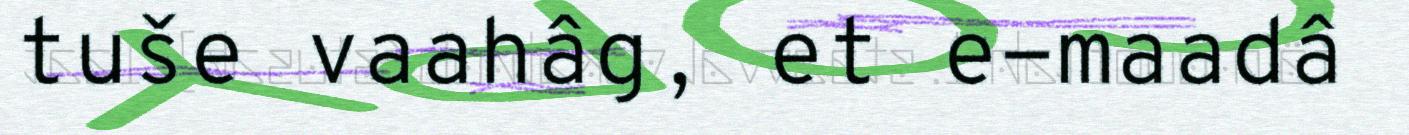
tuše vaahâg, et e-maadâ